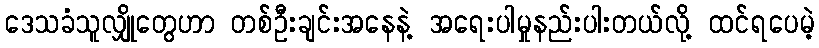
ဒေသခံသူလျှိုတွေဟာ တစ်ဦးချင်းအနေနဲ့ အရေးပါမှုနည်းပါးတယ်လို့ ထင်ရပေမဲ့